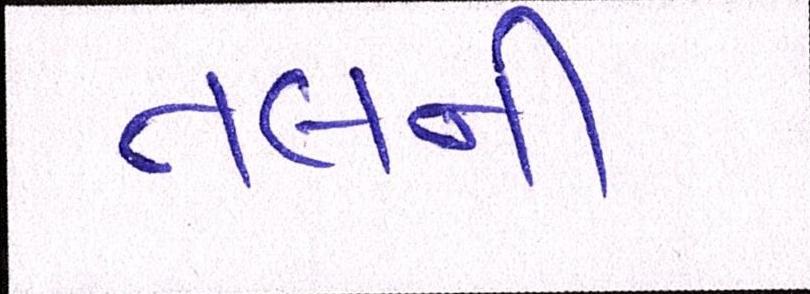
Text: તલની